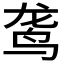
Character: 𫛟